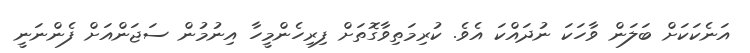
އަނެކަކަށް ބަލަން ވާހަކަ ނުދައްކަ އެވެ. ކުރިމަތިވާގޮތަށް ފިރިހެންމީހާ އިނުމުން ސަޖަންއަށް ފެންނަނީ